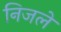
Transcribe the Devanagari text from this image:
निजले